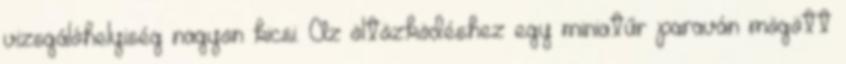
vizsgálóhelyiség nagyon kicsi. Az öltözködéshez egy miniatűr paraván mögött